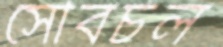
সৌবর্চল